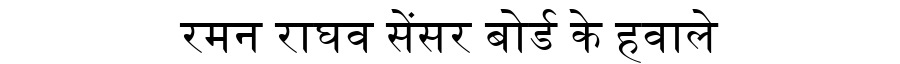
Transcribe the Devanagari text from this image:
रमन राघव सेंसर बोर्ड के हवाले